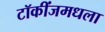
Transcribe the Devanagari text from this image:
टॉकींजमधला